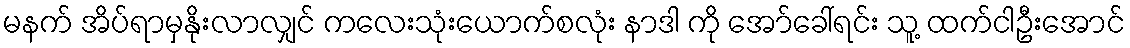
မနက် အိပ်ရာမှနိုးလာလျှင် ကလေးသုံးယောက်စလုံး နာဒါ ကို အော်ခေါ်ရင်း သူ့ ထက်ငါဦးအောင်